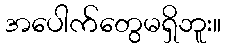
အပေါက်တွေမရှိဘူး။